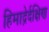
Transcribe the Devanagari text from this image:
हिमाद्रेर्दक्षिण